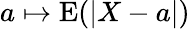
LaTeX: a\mapsto\operatorname{E}(|X-a|)